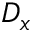
D _ { x }